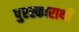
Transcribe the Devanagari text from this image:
पुरस्कारार्थी